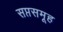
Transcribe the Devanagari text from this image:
सप्तसमूह